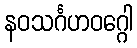
နဝသင်္ဂဟဝဂ္ဂေါ